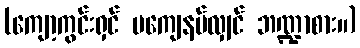
(ကျော့ကွင်းရှင် မကျေနပ်လျှင် ဘဏ္ဍာစား။)